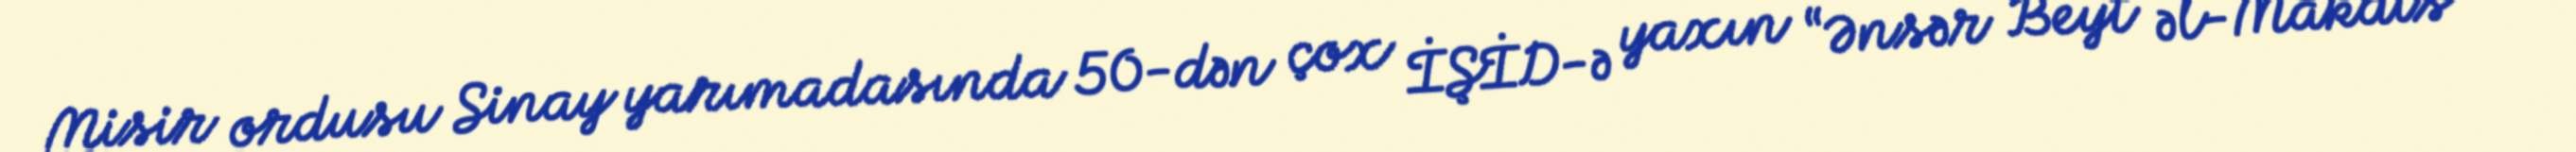
Misir ordusu Sinay yarımadasında 50-dən çox İŞİD-ə yaxın “Ənsər Beyt əl-Makdis”